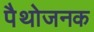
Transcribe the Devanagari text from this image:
पैथोजनक